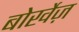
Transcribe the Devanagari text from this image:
बोर्खेज़